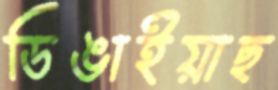
ডিঙাইয়াছ